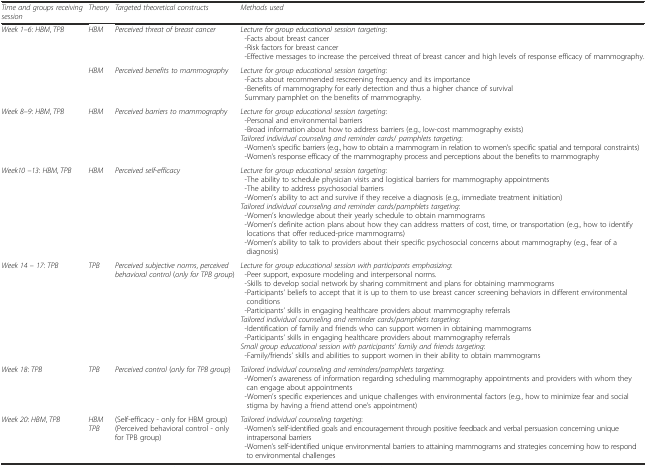
| Time and groups receiving session | Theory | Targeted theoretical constructs | Methods used |
 | --- | --- | --- | --- |
 | <ROWSPAN=2> Week 1–6: HBM, TPB | HBM | Perceived threat of breast cancer | Lecture for group educational session targeting:-Facts about breast cancer-Risk factors for breast cancer-Effective messages to increase the perceived threat of breast cancer and high levels of response efficacy of mammography. |
 | HBM | Perceived benefits to mammography | Lecture for group educational session targeting:-Facts about recommended rescreening frequency and its importance-Benefits of mammography for early detection and thus a higher chance of survivalSummary pamphlet on the benefits of mammography. |
 | Week 8–9: HBM, TPB | HBM | Perceived barriers to mammography | Lecture for group educational session targeting:-Personal and environmental barriers-Broad information about how to address barriers (e.g., low-cost mammography exists)Tailored individual counseling and reminder cards/ pamphlets targeting:-Women’s specific barriers (e.g., how to obtain a mammogram in relation to women’s specific spatial and temporal constraints)-Women’s response efficacy of the mammography process and perceptions about the benefits to mammography |
 | Week10 –13: HBM, TPB | HBM | Perceived self-efficacy | Lecture for group educational session targeting:-The ability to schedule physician visits and logistical barriers for mammography appointments-The ability to address psychosocial barriers-Women’s ability to act and survive if they receive a diagnosis (e.g., immediate treatment initiation)Tailored individual counseling and reminder cards/pamphlets targeting:-Women’s knowledge about their yearly schedule to obtain mammograms-Women’s definite action plans about how they can address matters of cost, time, or transportation (e.g., how to identify locations that offer reduced-price mammograms)-Women’s ability to talk to providers about their specific psychosocial concerns about mammography (e.g., fear of a diagnosis) |
 | Week 14 – 17: TPB | TPB | Perceived subjective norms, perceived behavioral control (only for TPBgroup) | Lecture for group educational session with participants emphasizing:-Peer support, exposure modeling and interpersonal norms.-Skills to develop social network by sharing commitment and plans for obtaining mammograms-Participants’ beliefs to accept that it is up to them to use breast cancer screening behaviors in different environmental conditions-Participants’ skills in engaging healthcare providers about mammography referralsTailored individual counseling and reminder cards/pamphlets targeting:-Identification of family and friends who can support women in obtaining mammograms-Participants’ skills in engaging healthcare providers about mammography referralsSmall group educational session with participants’ family and friends targeting:-Family/friends’ skills and abilities to support women in their ability to obtain mammograms |
 | Week 18: TPB | TPB | Perceived control (only for TPB group) | Tailored individual counseling and reminders/pamphlets targeting:-Women’s awareness of information regarding scheduling mammography appointments and providers with whom they can engage about appointments-Women’s specific experiences and unique challenges with environmental factors (e.g., how to minimize fear and social stigma by having a friend attend one’s appointment) |
 | Week 20: HBM, TPB | HBMTPB | (Self-efficacy - only for HBM group)(Perceived behavioral control - only for TPB group) | Tailored individual counseling targeting:-Women’s self-identified goals and encouragement through positive feedback and verbal persuasion concerning unique intrapersonal barriers-Women’s self-identified unique environmental barriers to attaining mammograms and strategies concerning how to respond to environmental challenges |